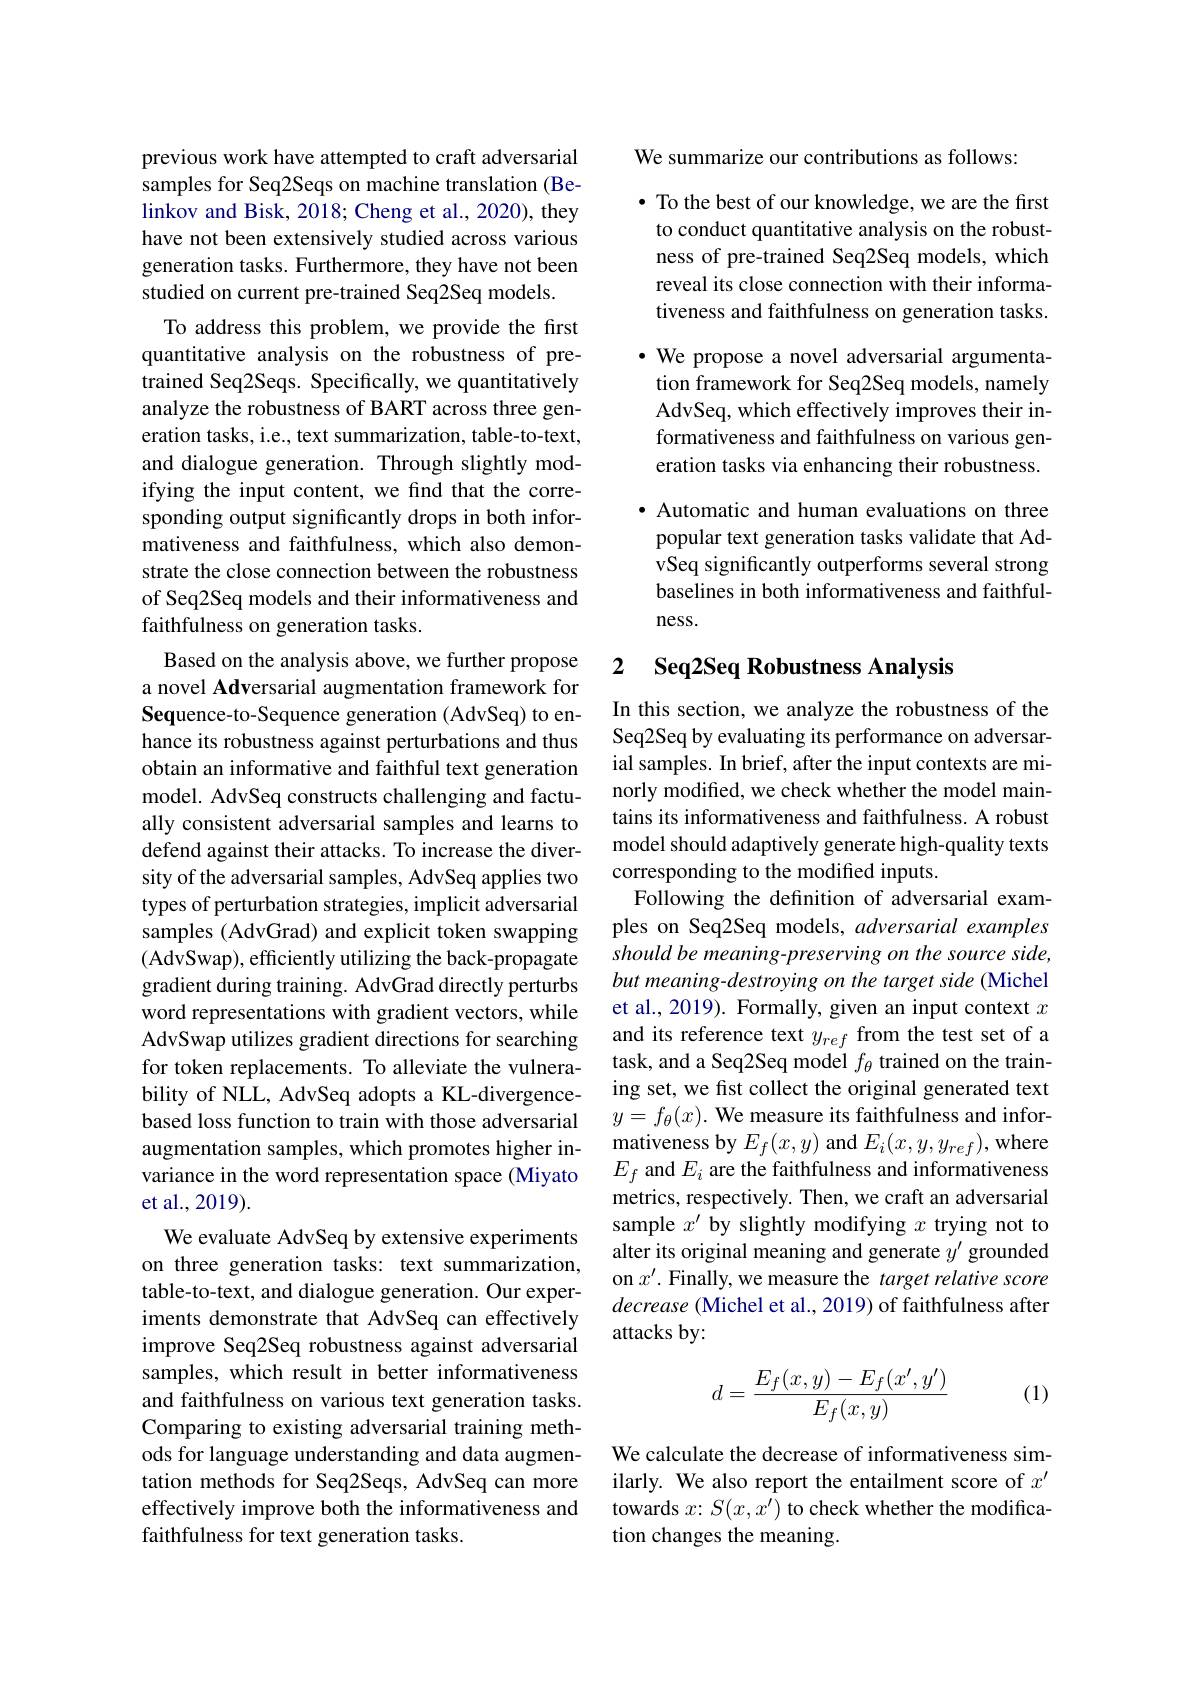
previous work have attempted to craft adversarial samples for Seq2Seqs on machine translation (Belinkov and Bisk, 2018; Cheng et al., 2020), they have not been extensively studied across various generation tasks. Furthermore, they have not been studied on current pre-trained Seq2Seq models.
To address this problem, we provide the frst quantitative analysis on the robustness of pretrained Seq2Seqs. Specifically, we quantitatively analyze the robustness of BART across three generation tasks, i.e., text summarization, table-to-text, and dialogue generation. Through slightly modifying the input content, we find that the corresponding output significantly drops in both informativeness and faithfulness, which also demonstrate the close connection between the robustness of Seq2Seq models and their informativeness and faithfulness on generation tasks.
Based on the analysis above, we further propose a novel Adversarial augmentation framework for Sequence-to-Sequence generation (AdvSeq) to enhance its robustness against perturbations and thus obtain an informative and faithful text generation model. AdvSeq constructs challenging and factually consistent adversarial samples and learns to defend against their attacks. To increase the diversity of the adversarial samples, AdvSeq applies two types of perturbation strategies, implicit adversarial samples (AdvGrad) and explicit token swapping (AdvSwap), efficiently utilizing the back-propagate gradient during training. AdvGrad directly perturbs word representations with gradient vectors, while AdvSwap utilizes gradient directions for searching for token replacements. To alleviate the vulnerability of NLL, AdvSeq adopts a KL-divergencebased loss function to train with those adversarial augmentation samples, which promotes higher invariance in the word representation space (Miyato et al.,2019).
We evaluate AdvSeq by extensive experiments on three generation tasks: text summarization, table-to-text, and dialogue generation. Our experiments demonstrate that AdvSeq can effectively improve Seq2Seq robustness against adversarial samples, which result in better informativeness and faithfulness on various text generation tasks. Comparing to existing adversarial training methods for language understanding and data augmentation methods for Seq2Seqs, AdvSeq can more effectively improve both the informativeness and faithfulness for text generation tasks.

We summarize our contributions as follows:

· To the best of our knowledge, we are the first to conduct quantitative analysis on the robustness of pre-trained Seq2Seq models, which reveal its close connection with their informativeness and faithfulness on generation tasks. $\cdot$ We propose a novel adversarial argumentation framework for Seq2Seq models, namely AdvSeq, which effectively improves their informativeness and faithfulness on various generation tasks via enhancing their robustness. · Automatic and human evaluations on three popular text generation tasks validate that AdvSeq significantly outperforms several strong baselines in both informativeness and faithfulness.

## 2 $\textbf{Seq2Seq Robustness Analysis}$

In this section, we analyze the robustness of the Seq2Seq by evaluating its performance on adversarial samples. In brief, after the input contexts are minorly modifed, we check whether the model maintains its informativeness and faithfulness. A robust model should adaptively generate high-quality texts corresponding to the modified inputs.
Following the definition of adversarial examples on Seq2Seq models, adversarial examples should be meaning-preserving on the source side, but meaning-destroying on the target side (Michel et al., 2019). Formally, given an input context $x$ and its reference text $y_{ref}$ from the test set of a task, and a Seq2Seq model $f_\theta$ trained on the training set, we fist collect the original generated text $y=f_\theta(x).$ We measure its faithfulness and infor- ${\mathrm{mativeness~by~}E_f(x,y)}$ and $E_i(x,y,y_{ref})$, where $E_f$ and $E_i$ are the faithfulness and informativeness metrics, respectively. Then, we craft an adversarial sample $x^\prime$ by slightly modifying $x$ trying not to alter its original meaning and generate $y^{\prime}$ grounded on $x^\prime.$ Finally, we measure the target relative score decrease (Michel et al., 2019) of faithfulness after attacks by:

(1)
$$d=\dfrac{E_f(x,y)-E_f(x',y')}{E_f(x,y)}$$
We calculate the decrease of informativeness similarly. We also report the entailment score of $x^{\prime}$ towards $x\colon S(x,x')$ to check whether the modification changes the meaning.